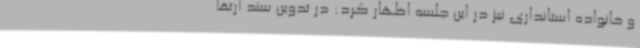
و خانواده استانداری نیز در این جلسه اظهار کرد: در تدوین سند ارتقا